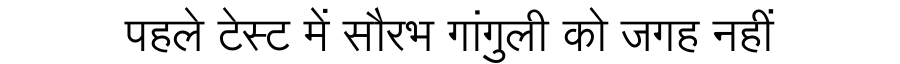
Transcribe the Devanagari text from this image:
पहले टेस्ट में सौरभ गांगुली को जगह नहीं